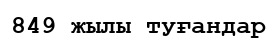
849 жылы туғандар